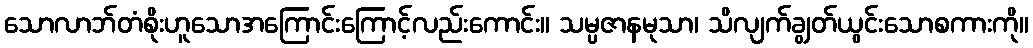
သောလာဘ်တံစိုးဟူသောအကြောင်းကြောင့်လည်းကောင်း။ သမ္ပဇာနမုသာ၊ သိလျက်ချွတ်ယွင်းသောစကားကို။